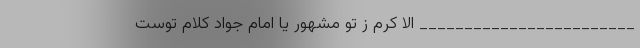
________________________ الا کرم ز تو مشهور یا امام جواد کلام توست